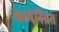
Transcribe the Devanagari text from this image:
कामेनियस